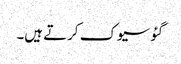
گئو سیوک کرتے ہیں۔